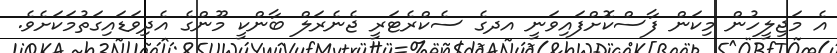
އެ މަޖިލީހުން މިކަން ފާސްކޮށްފައިވަނީ އދގެ ސެކްރެޓަރީ ޖެނެރަލް ބާންކީ މޫންގެ އެދިވަޑައިގަތުމަކަށެވެ.